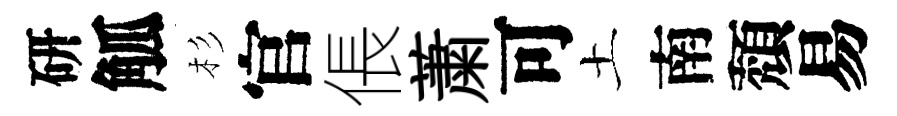
研觚杉官倀䔥可土南頽易